画像に写った文字を読んでください
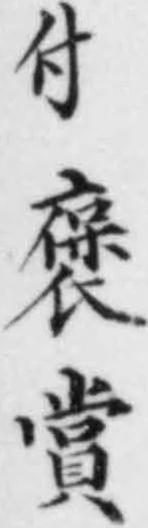
「付褒賞」と書いてあります